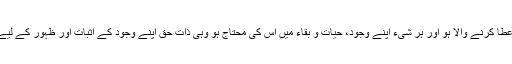
بھلا کیسے ممکن ہے جو خود عطا کرنے والا ہو اور ہر شیء اپنے وجود، حیات و بقاء میں اس کی محتاج ہو وہی ذاتِ حق اپنے وجود کے اثبات اور ظہور کے لیے اپنے غیر کا محتاج ہو جائے!